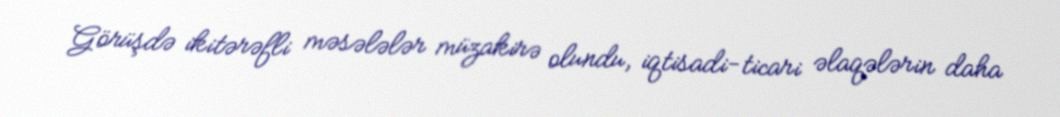
Görüşdə ikitərəfli məsələlər müzakirə olundu, iqtisadi-ticari əlaqələrin daha